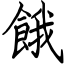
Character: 餓